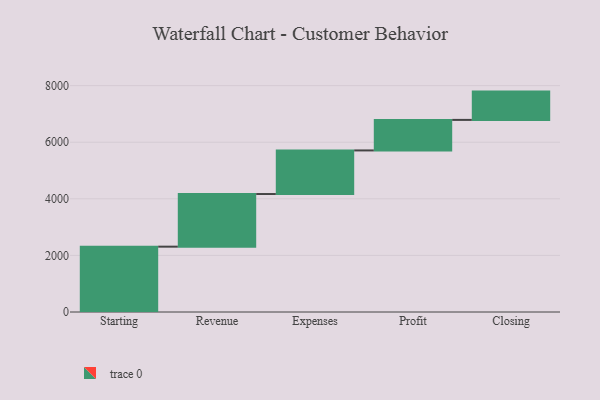
{"axis": {"x": "Step", "y": "Value"}, "legend": [""], "data": [{"x": "Starting", "y": 2309.0, "type": ""}, {"x": "Revenue", "y": 1860.0, "type": ""}, {"x": "Expenses", "y": 1541.0, "type": ""}, {"x": "Profit", "y": 1079.0, "type": ""}, {"x": "Closing", "y": 1000, "type": ""}]}